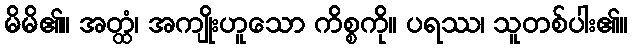
မိမိ၏။ အတ္ထံ၊ အကျိုးဟူသော ကိစ္စကို။ ပရဿ၊ သူတစ်ပါး၏။